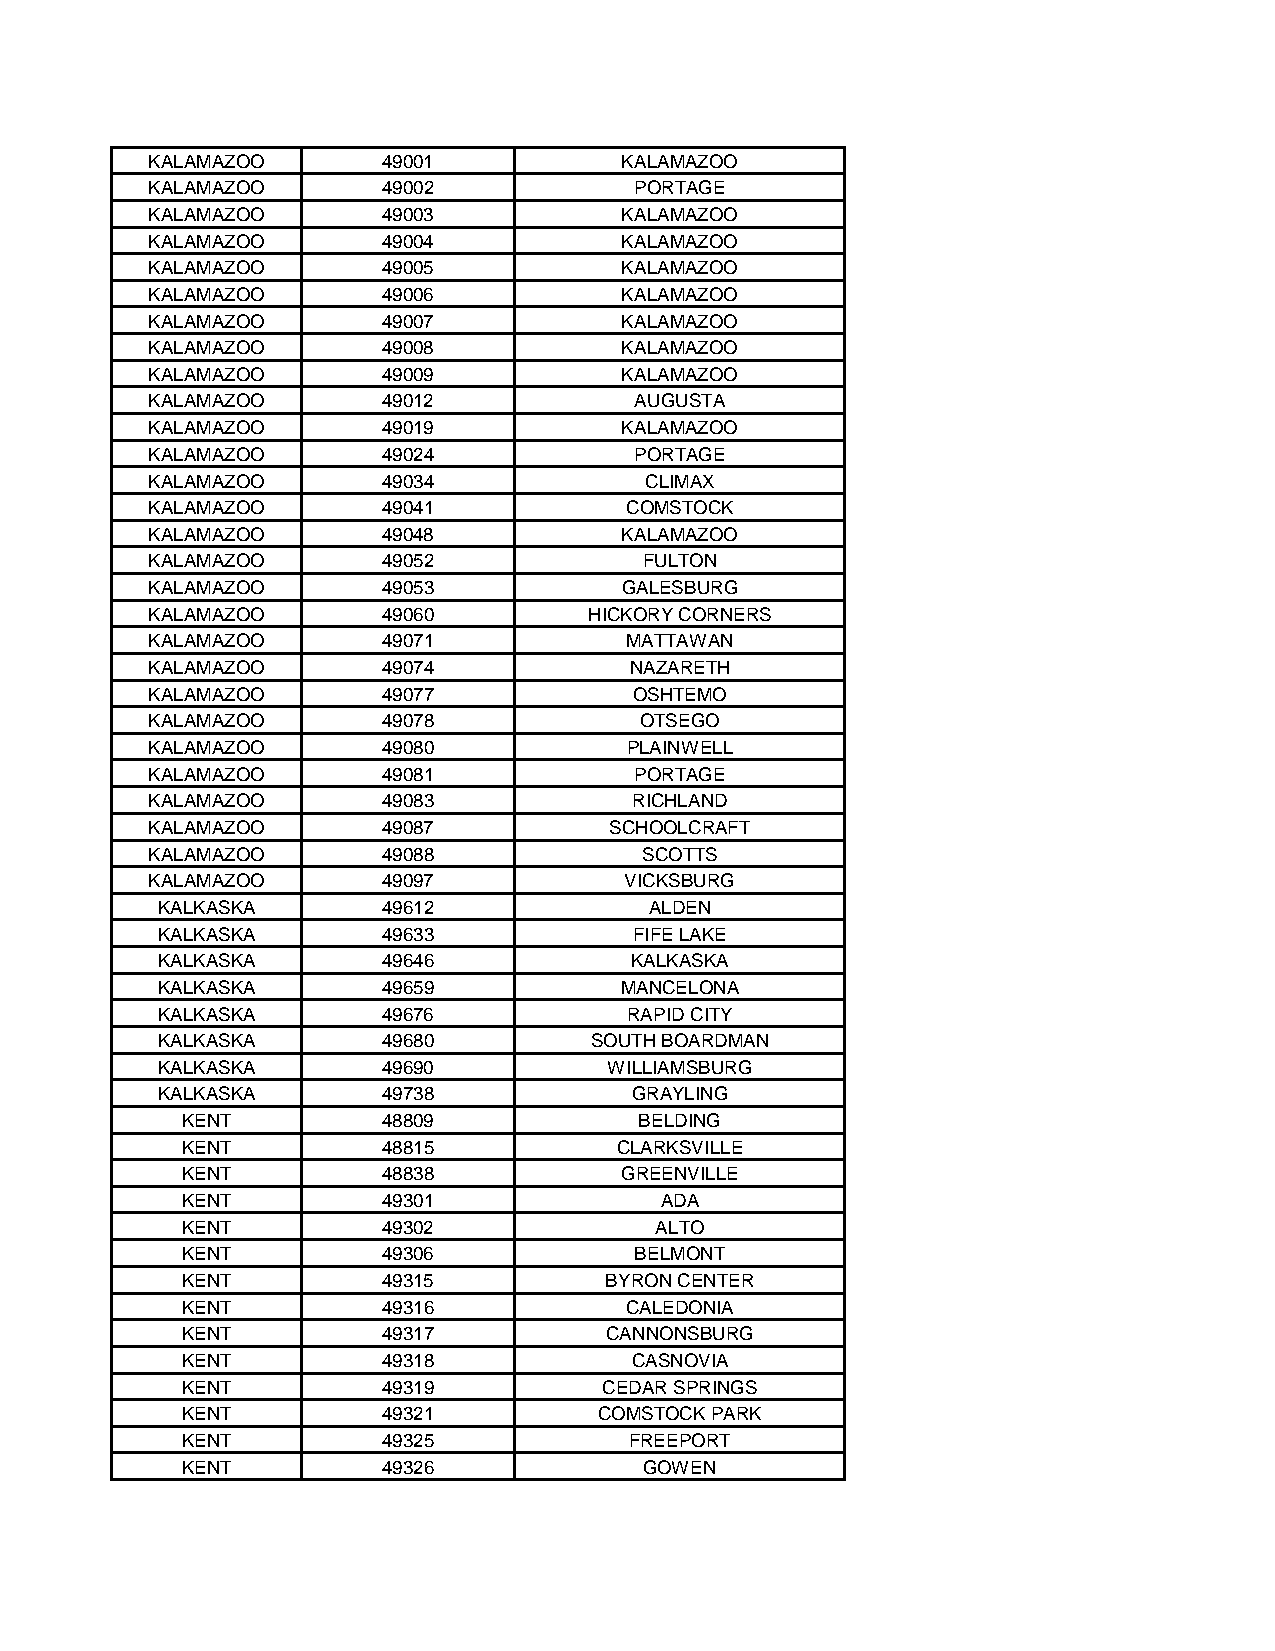
KALAMAZOO      49001           KALAMAZOO
 KALAMAZOO      49002            PORTAGE
 KALAMAZOO      49003           KALAMAZOO
 KALAMAZOO      49004           KALAMAZOO
 KALAMAZOO      49005           KALAMAZOO
 KALAMAZOO      49006           KALAMAZOO
 KALAMAZOO      49007           KALAMAZOO
 KALAMAZOO      49008           KALAMAZOO
 KALAMAZOO      49009           KALAMAZOO
 KALAMAZOO      49012            AUGUSTA
 KALAMAZOO      49019           KALAMAZOO
 KALAMAZOO      49024            PORTAGE
 KALAMAZOO      49034             CLIMAX
 KALAMAZOO      49041           COMSTOCK
 KALAMAZOO      49048           KALAMAZOO
 KALAMAZOO      49052             FULTON
 KALAMAZOO      49053           GALESBURG
 KALAMAZOO      49060         HICKORY CORNERS
 KALAMAZOO      49071           MATTAWAN
 KALAMAZOO      49074            NAZARETH
 KALAMAZOO      49077            OSHTEMO
 KALAMAZOO      49078            OTSEGO
 KALAMAZOO      49080           PLAINWELL
 KALAMAZOO      49081            PORTAGE
 KALAMAZOO      49083            RICHLAND
 KALAMAZOO      49087          SCHOOLCRAFT
 KALAMAZOO      49088             SCOTTS
 KALAMAZOO      49097           VICKSBURG
 KALKASKA       49612             ALDEN
 KALKASKA       49633            FIFE LAKE
 KALKASKA       49646            KALKASKA
 KALKASKA       49659           MANCELONA
 KALKASKA       49676            RAPID CITY
 KALKASKA       49680         SOUTH BOARDMAN
 KALKASKA       49690          WILLIAMSBURG
 KALKASKA       49738            GRAYLING
 KENT         48809            BELDING
 KENT         48815           CLARKSVILLE
 KENT         48838           GREENVILLE
 KENT         49301              ADA
 KENT         49302             ALTO
 KENT         49306            BELMONT
 KENT         49315          BYRON CENTER
 KENT         49316           CALEDONIA
 KENT         49317          CANNONSBURG
 KENT         49318            CASNOVIA
 KENT         49319          CEDAR SPRINGS
 KENT         49321          COMSTOCK PARK
 KENT         49325            FREEPORT
 KENT         49326             GOWEN